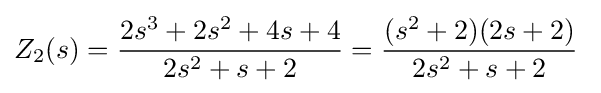
Z_{2}(s)={\frac {2s^{3}+2s^{2}+4s+4}{2s^{2}+s+2}}={\frac {(s^{2}+2)(2s+2)}{2s^{2}+s+2}}\